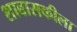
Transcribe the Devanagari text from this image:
शाबासकीला